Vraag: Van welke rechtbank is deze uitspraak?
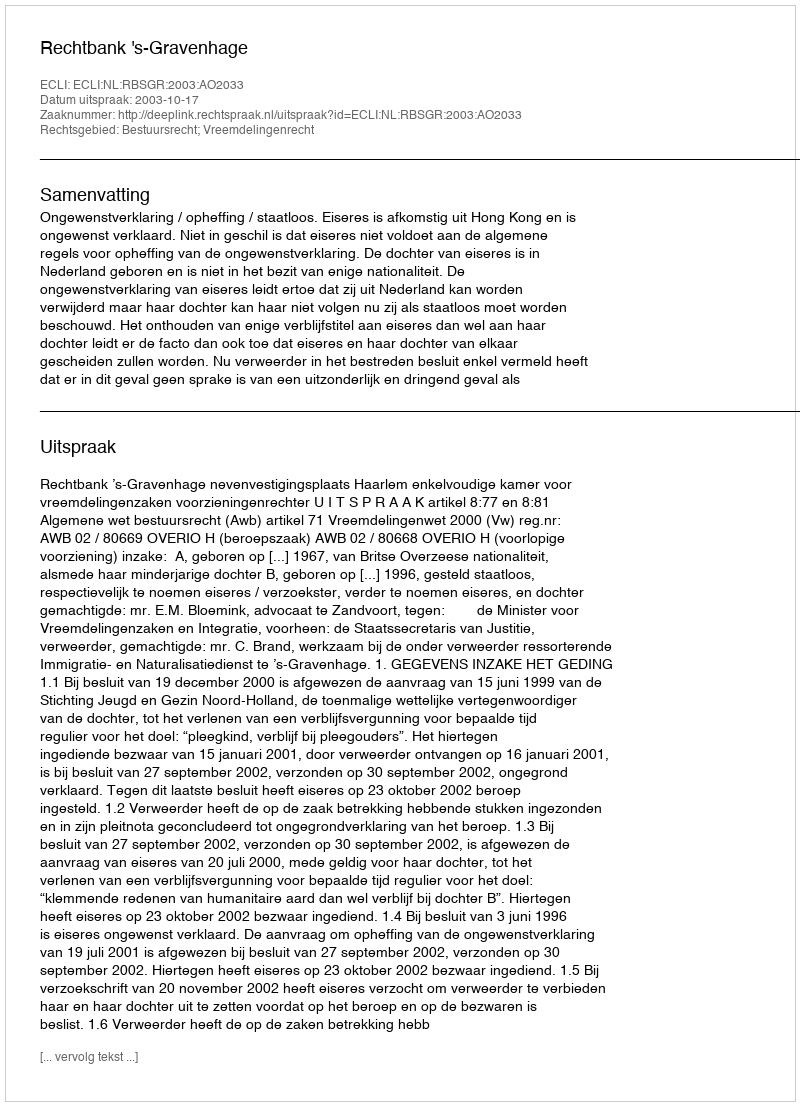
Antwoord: Rechtbank 's-Gravenhage